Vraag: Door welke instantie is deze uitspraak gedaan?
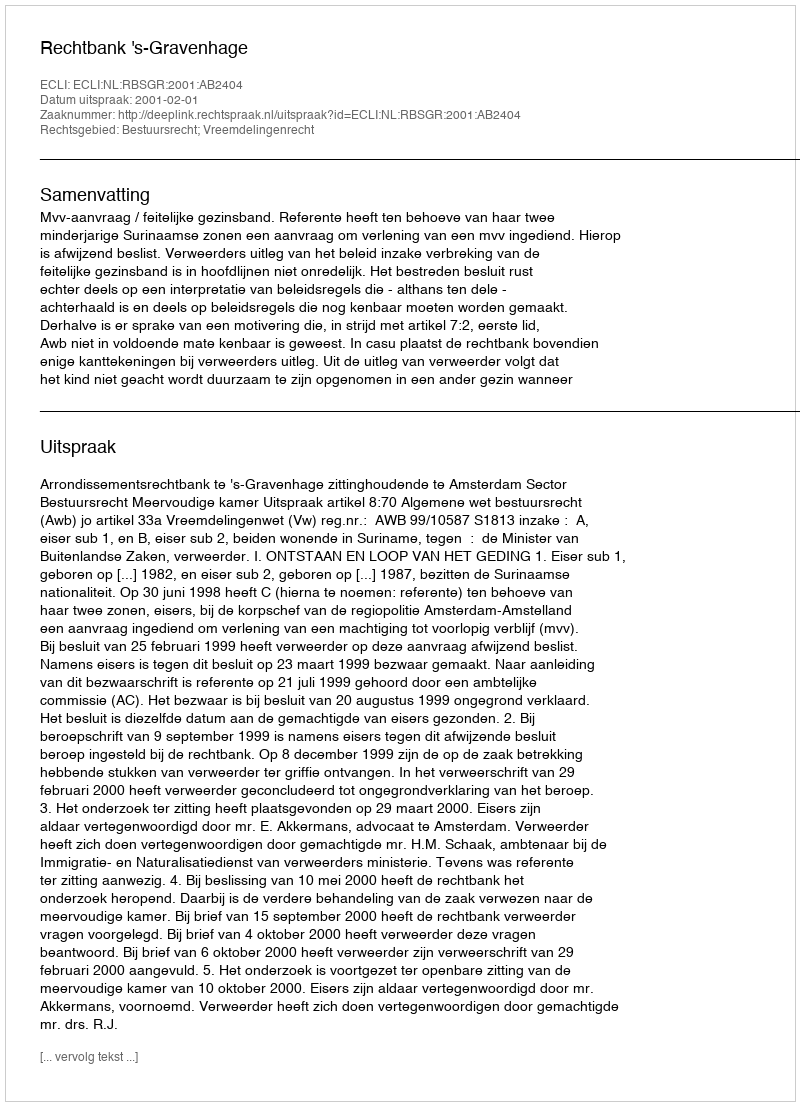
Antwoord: Rechtbank 's-Gravenhage